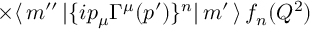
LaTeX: \times \langle \, m ^ { \prime \prime } \, | \{ i p _ { \mu } \Gamma ^ { \mu } ( p ^ { \prime } ) \} ^ { n } | \, m ^ { \prime } \, \rangle \, f _ { n } ( Q ^ { 2 } )